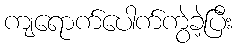
ကျရောက်ပေါက်ကွဲခဲ့ပြီး